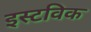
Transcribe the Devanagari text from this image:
इस्टविक